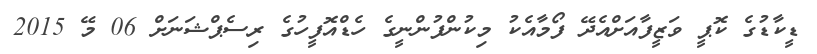
ޑީކާޑުގެ ކޮޕީ ވަޒީފާއަށްއެދޭ ފޯމާއެކު މިކުންފުންނީގެ ހެޑްއޮފީހުގެ ރިސެޕްޝަނަށް 06 މޭ 2015